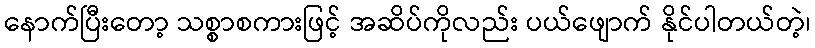
နောက်ပြီးတော့ သစ္စာစကားဖြင့် အဆိပ်ကိုလည်း ပယ်ဖျောက် နိုင်ပါတယ်တဲ့၊